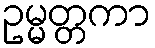
ဥမ္မတ္တကာ